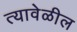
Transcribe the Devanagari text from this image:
त्यावेळील